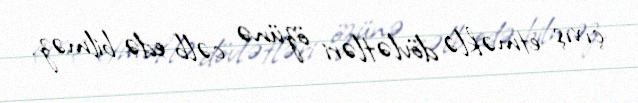
çıxış etməklə dövlətləri özünə cəlb edə bilməz.